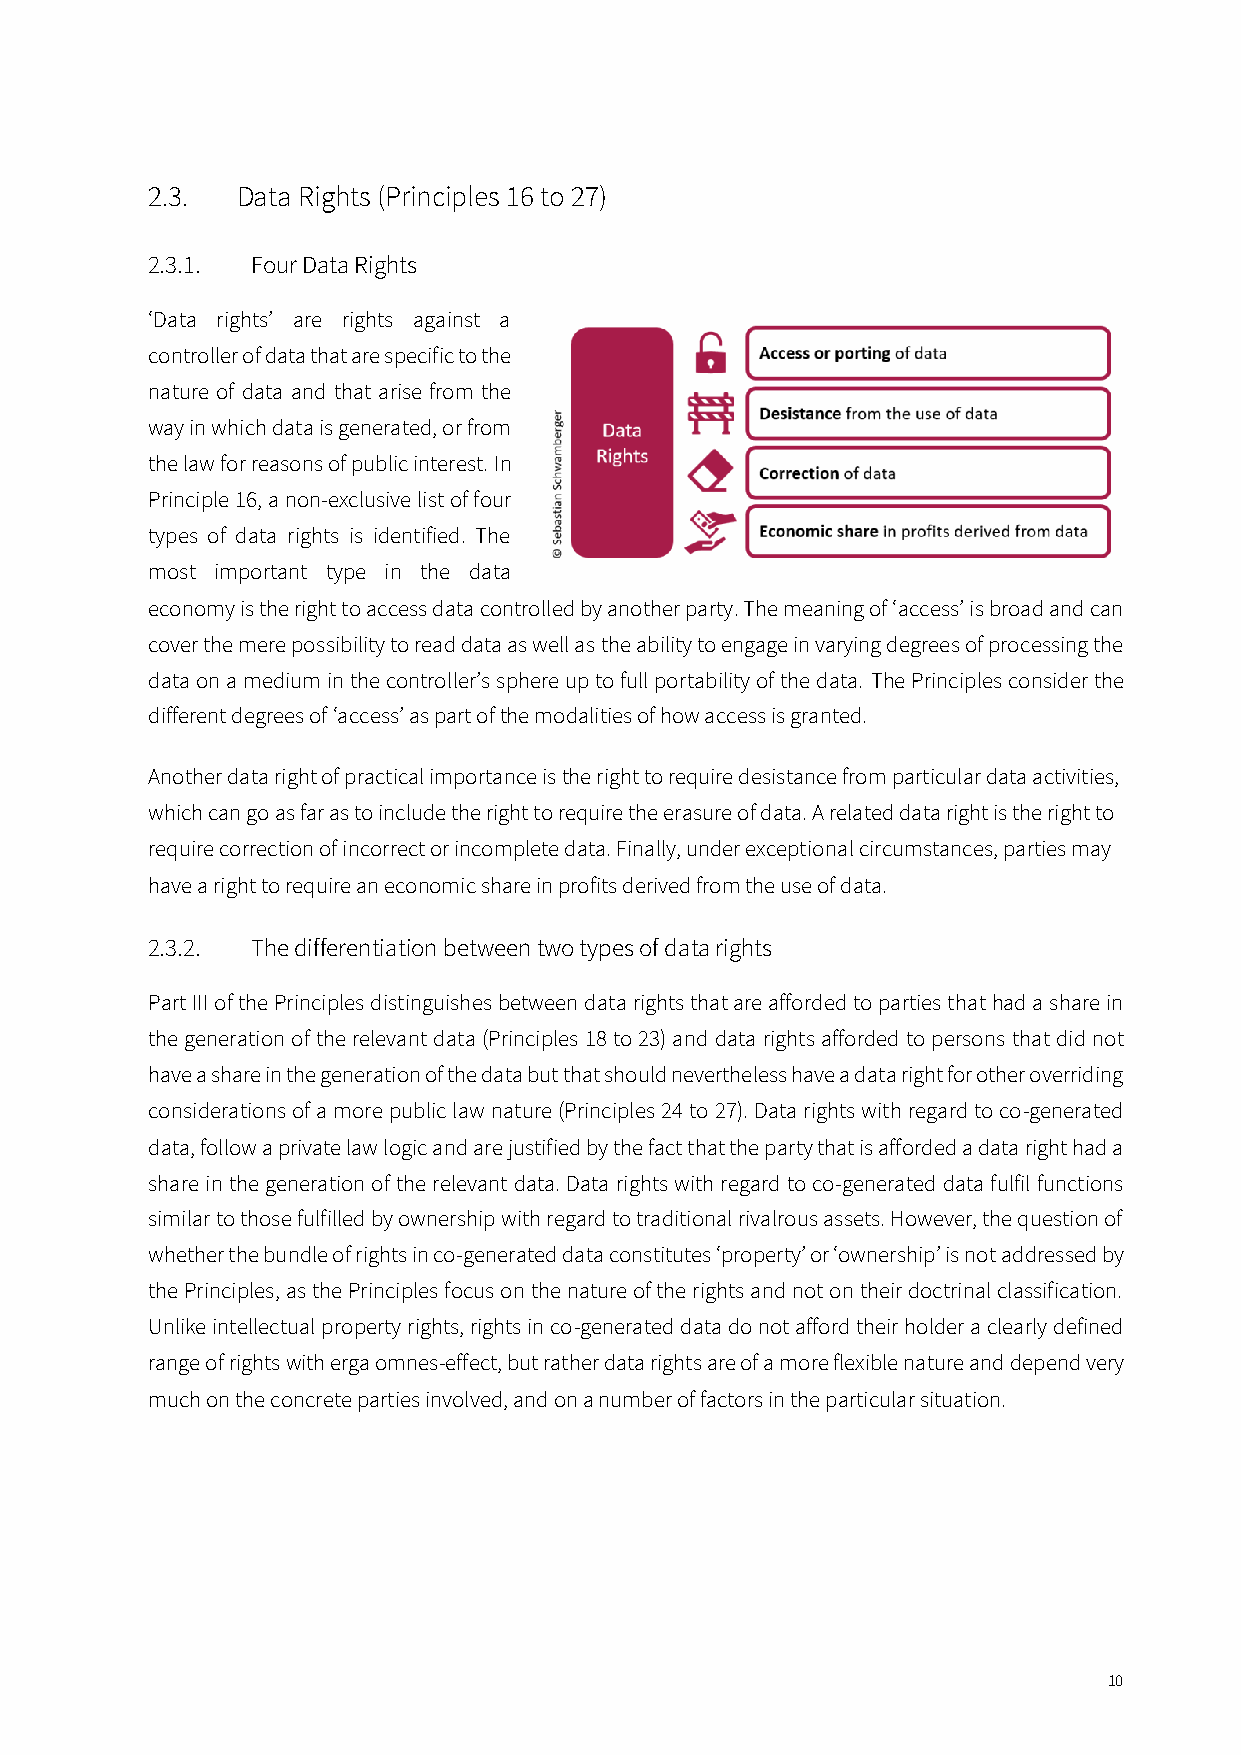
2.3.  Data Rights (Principles 16 to 27)
 2.3.1. Four Data Rights
 ‘Data rights’ are rights against a
 controller of data that are specific to the
 nature of data and that arise from the
 way in which data is generated, or from
 the law for reasons of public interest. In
 Principle 16, a non-exclusive list of four
 types of data rights is identified. The
 most important type in the data
 economy is the right to access data controlled by another party. The meaning of ‘access’ is broad and can
 cover the mere possibility to read data as well as the ability to engage in varying degrees of processing the
 data on a medium in the controller’s sphere up to full portability of the data. The Principles consider the
 different degrees of ‘access’ as part of the modalities of how access is granted.
 Another data right of practical importance is the right to require desistance from particular data activities,
 which can go as far as to include the right to require the erasure of data. A related data right is the right to
 require correction of incorrect or incomplete data. Finally, under exceptional circumstances, parties may
 have a right to require an economic share in profits derived from the use of data.
 2.3.2. The differentiation between two types of data rights
 Part III of the Principles distinguishes between data rights that are afforded to parties that had a share in
 the generation of the relevant data (Principles 18 to 23) and data rights afforded to persons that did not
 have a share in the generation of the data but that should nevertheless have a data right for other overriding
 considerations of a more public law nature (Principles 24 to 27). Data rights with regard to co-generated
 data, follow a private law logic and are justified by the fact that the party that is afforded a data right had a
 share in the generation of the relevant data. Data rights with regard to co-generated data fulfil functions
 similar to those fulfilled by ownership with regard to traditional rivalrous assets. However, the question of
 whether the bundle of rights in co-generated data constitutes ‘property’ or ‘ownership’ is not addressed by
 the Principles, as the Principles focus on the nature of the rights and not on their doctrinal classification.
 Unlike intellectual property rights, rights in co-generated data do not afford their holder a clearly defined
 range of rights with erga omnes-effect, but rather data rights are of a more flexible nature and depend very
 much on the concrete parties involved, and on a number of factors in the particular situation.
 10